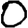
Digit: 0